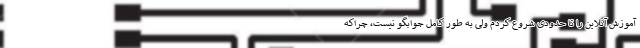
آموزش آنلاین را تا حدودی شروع کردم ولی به طور کامل جوابگو نیست، چراکه